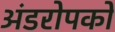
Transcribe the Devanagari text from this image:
अंडरोपकों